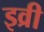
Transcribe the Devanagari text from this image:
इव्री